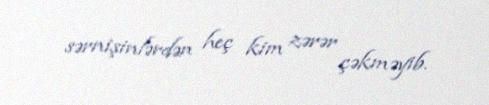
sərnişinlərdən heç kim zərər çəkməyib.